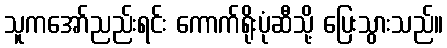
သူကအော်ညည်းရင်း ကောက်ရိုးပုံဆီသို့ ပြေးသွားသည်။